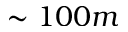
\sim 1 0 0 m